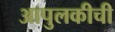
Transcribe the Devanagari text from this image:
आपुलकीची